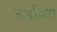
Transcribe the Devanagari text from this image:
नाडीजंग